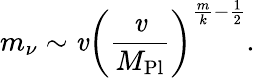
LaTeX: m_{\nu}\sim\mathit{v}\left({\frac{{\mathit{v}}}{{M_{\mathrm{{Pl}}}}}}\right)^{\frac{{m}}{{k}}-\frac{{1}}{{2}}}.